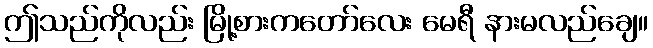
ဤသည်ကိုလည်း မြို့စားကတော်လေး မေရီ နားမလည်ချေ။